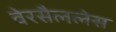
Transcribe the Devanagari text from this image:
वेरसैललेस